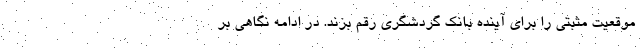
موقعیت مثبتی را برای آینده بانک گردشگری رقم بزند. در ادامه نگاهی بر